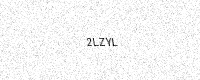
Text: 2LZYL